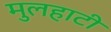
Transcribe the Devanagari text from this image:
मुलहाटी